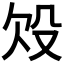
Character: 𣪄